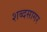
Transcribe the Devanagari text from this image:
शब्‍दसागर